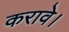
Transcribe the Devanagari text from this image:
करावे।